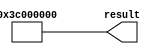
// megafunction wizard: %LPM_CONSTANT%
// GENERATION: STANDARD
// VERSION: WM1.0
// MODULE: LPM_CONSTANT 

// ============================================================
// Megafunction Name(s):
// 			LPM_CONSTANT
//
// Simulation Library Files(s):
// 			
// ============================================================
// ************************************************************
// THIS IS A WIZARD-GENERATED FILE. DO NOT EDIT THIS FILE!
//
// 18.0.0 Build 614 04/24/2018 SJ Lite Edition
// ************************************************************


//Copyright (C) 2018  Intel Corporation. All rights reserved.
//Your use of Intel Corporation's design tools, logic functions 
//and other software and tools, and its AMPP partner logic 
//functions, and any output files from any of the foregoing 
//(including device programming or simulation files), and any 
//associated documentation or information are expressly subject 
//to the terms and conditions of the Intel Program License 
//Subscription Agreement, the Intel Quartus Prime License Agreement,
//the Intel FPGA IP License Agreement, or other applicable license
//agreement, including, without limitation, that your use is for
//the sole purpose of programming logic devices manufactured by
//Intel and sold by Intel or its authorized distributors.  Please
//refer to the applicable agreement for further details.


//lpm_constant CBX_AUTO_BLACKBOX="ALL" ENABLE_RUNTIME_MOD="NO" LPM_CVALUE=3C000000 LPM_WIDTH=32 result
//VERSION_BEGIN 18.0 cbx_lpm_constant 2018:04:24:18:04:18:SJ cbx_mgl 2018:04:24:18:08:49:SJ  VERSION_END
// synthesis VERILOG_INPUT_VERSION VERILOG_2001
// altera message_off 10463


//synthesis_resources = 
//synopsys translate_off
`timescale 1 ps / 1 ps
//synopsys translate_on
module  inv_one_two_eight_lpm_constant_h29
	( 
	result) ;
	output   [31:0]  result;


	assign
		result = 32'b00111100000000000000000000000000;
endmodule //inv_one_two_eight_lpm_constant_h29
//VALID FILE


// synopsys translate_off
`timescale 1 ps / 1 ps
// synopsys translate_on
module inv_one_two_eight (
	result);

	output	[31:0]  result;

	wire [31:0] sub_wire0;
	wire [31:0] result = sub_wire0[31:0];

	inv_one_two_eight_lpm_constant_h29	inv_one_two_eight_lpm_constant_h29_component (
				.result (sub_wire0));

endmodule

// ============================================================
// CNX file retrieval info
// ============================================================
// Retrieval info: PRIVATE: INTENDED_DEVICE_FAMILY STRING "Cyclone V"
// Retrieval info: PRIVATE: JTAG_ENABLED NUMERIC "0"
// Retrieval info: PRIVATE: JTAG_ID STRING "NONE"
// Retrieval info: PRIVATE: Radix NUMERIC "2"
// Retrieval info: PRIVATE: SYNTH_WRAPPER_GEN_POSTFIX STRING "0"
// Retrieval info: PRIVATE: Value NUMERIC "1006632960"
// Retrieval info: PRIVATE: nBit NUMERIC "32"
// Retrieval info: PRIVATE: new_diagram STRING "1"
// Retrieval info: LIBRARY: lpm lpm.lpm_components.all
// Retrieval info: CONSTANT: LPM_CVALUE NUMERIC "1006632960"
// Retrieval info: CONSTANT: LPM_HINT STRING "ENABLE_RUNTIME_MOD=NO"
// Retrieval info: CONSTANT: LPM_TYPE STRING "LPM_CONSTANT"
// Retrieval info: CONSTANT: LPM_WIDTH NUMERIC "32"
// Retrieval info: USED_PORT: result 0 0 32 0 OUTPUT NODEFVAL "result[31..0]"
// Retrieval info: CONNECT: result 0 0 32 0 @result 0 0 32 0
// Retrieval info: GEN_FILE: TYPE_NORMAL inv_one_two_eight.v TRUE
// Retrieval info: GEN_FILE: TYPE_NORMAL inv_one_two_eight.inc FALSE
// Retrieval info: GEN_FILE: TYPE_NORMAL inv_one_two_eight.cmp FALSE
// Retrieval info: GEN_FILE: TYPE_NORMAL inv_one_two_eight.bsf TRUE
// Retrieval info: GEN_FILE: TYPE_NORMAL inv_one_two_eight_inst.v FALSE
// Retrieval info: GEN_FILE: TYPE_NORMAL inv_one_two_eight_bb.v TRUE